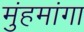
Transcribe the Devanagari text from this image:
मुंहमांगा